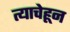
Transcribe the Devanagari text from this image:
त्याचेहून